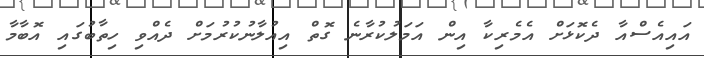
އައިއެސްއާ ދެކޮޅަށް އެމެރިކާ އިން އަމަލުކުރާނެ ގޮތް އިއުލާނުކުރުމަށް ދެއްވި ހިތާބުގައި އޮބާމާ